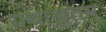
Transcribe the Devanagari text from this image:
यथाश्रुतम्